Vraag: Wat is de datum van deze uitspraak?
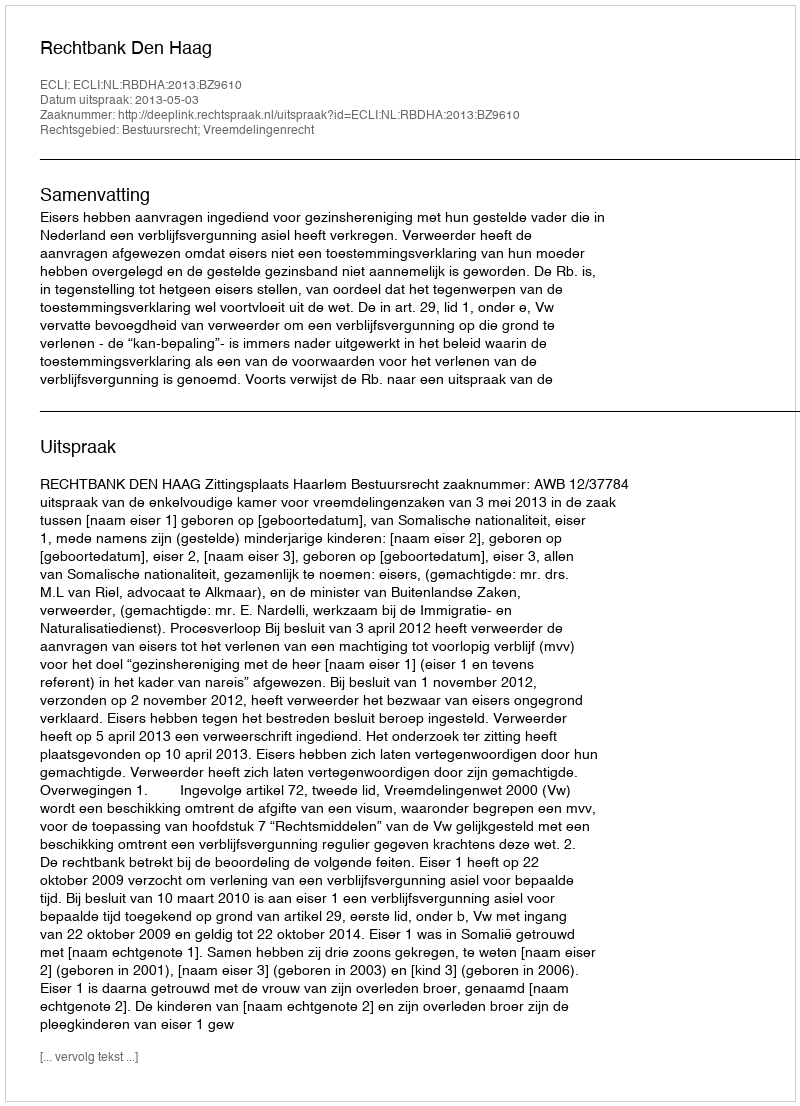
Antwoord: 2013-05-03